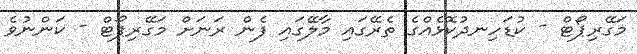
މަގޭރިޕޯޓް - ކުޑަހިނދުކޮޅެއްގެ ތެރޭގައި މާލޭގައި ފެން ރަނަށް މަގޭރިޕޯޓް - ކަންނުވެ